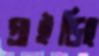
গ্রাইন্ডিং